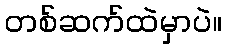
တစ်ဆက်ထဲမှာပဲ။